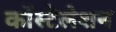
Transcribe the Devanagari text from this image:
कोंस्टेलेशन